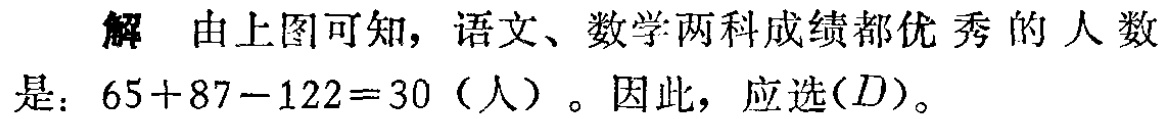
解 由上图可知，语文、数学两科成绩都优秀的人数是：\(65 + 87 - 122 = 30\)（人）。因此，应选\((D)\)。